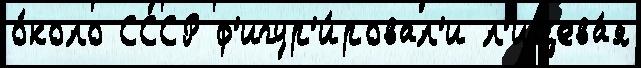
о́коло СССР ф'игур'и́ровал'и л'ицева́я